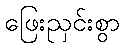
ဖြေးညှင်းစွာ